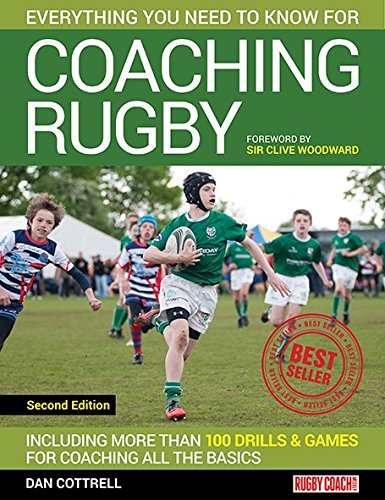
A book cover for Coaching Rugby; Dan Cottrell; Sports & Outdoors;